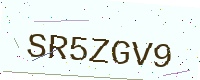
Text: SR5ZGV9